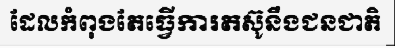
ដែលកំពុងតែធ្វើការតស៊ូនឹងជនជាតិ